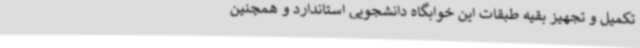
تکمیل و تجهیز بقیه طبقات این خوابگاه دانشجویی استاندارد و همچنین